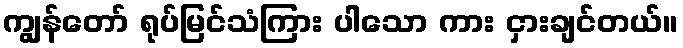
ကျွန်တော် ရုပ်မြင်သံကြား ပါသော ကား ငှားချင်တယ်။